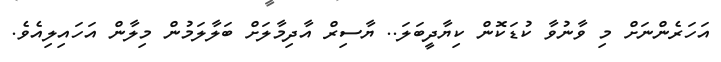
އަހަރެންނަށް މި ވާނުވާ ކުޑަކޮން ކިޔާދީބަލަ.. ޔާސިރް އާދިމާލަށް ބަލާލަމުން މިލާން އަހައިލިއެވެ.